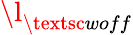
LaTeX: \l_{\textsc{woff}}